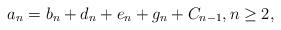
LaTeX: \begin{align*}a_n=b_n+d_n+e_n+g_n+C_{n-1}, n \geq 2,\end{align*}